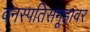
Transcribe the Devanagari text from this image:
वनस्पतिसमूहावर